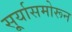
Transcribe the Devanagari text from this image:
सू्र्यासमोरून